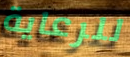
للرعاية